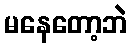
မနေတော့ဘဲ